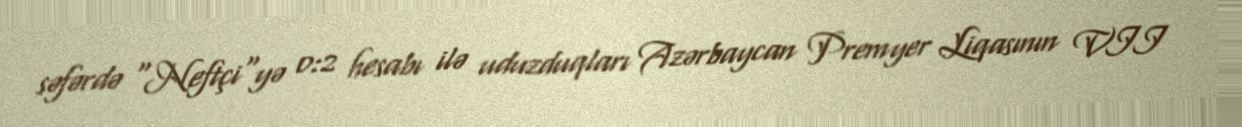
səfərdə "Neftçi"yə 0:2 hesabı ilə uduzduqları Azərbaycan Premyer Liqasının VII